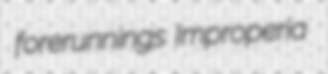
forerunnings Improperia